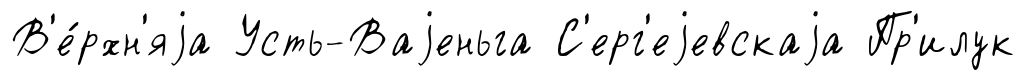
В'е́рхн'яjа Усть-Ваjеньга С'ерг'еjевскаjа Пр'илук